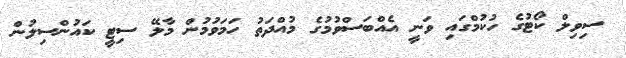
ސިވިލް ކޯޓުގެ ހުކުމްގައި ވަނީ އެއްބަސްވުމުގެ މުއްދަތު ހަމަވުމުން މާލޭ ސިޓީ ކައުންސިލުން